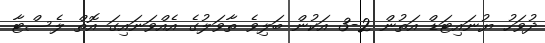
ދުވަހު ޔުނައިޓަޑް އަތުން 2-3 އަކުން ބަލިވެ ތާވަލުގެ އެއްވަނައިގަ އޮތް ލެސްޓާ